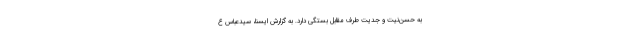
به حسن‌نیت و جدیت طرف مقابل بستگی دارد. به گزارش ایسنا، سیدعباس ع